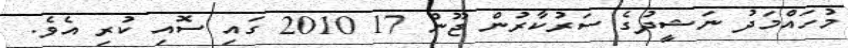
މުހައްމަދު ނަޝީދުގެ ސަރުކާރުން ޖޫން 17 2010 ގައި ސޮއި ކުރި އެވެ.